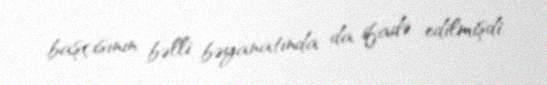
başçısının bəlli bəyanatında da ifadə edilmişdi.